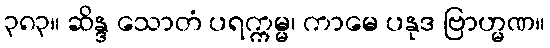
၃၈၃။ ဆိန္ဒ သောတံ ပရက္ကမ္မ၊ ကာမေ ပနုဒ ဗြာဟ္မဏ။